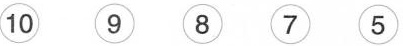
⑩ ⑨ ⑧ ⑦ ⑤